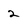
Character: 2